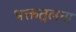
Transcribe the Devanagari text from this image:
भक्ततुलना